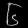
Digit: ၆